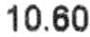
10.60